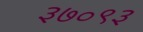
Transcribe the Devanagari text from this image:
३७०९३